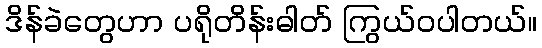
ဒိန်ခဲတွေဟာ ပရိုတိန်းဓါတ် ကြွယ်ဝပါတယ်။